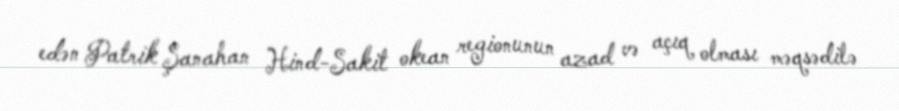
edən Patrik Şanahan Hind-Sakit okean regionunun azad və açıq olması məqsədilə